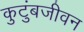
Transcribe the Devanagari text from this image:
कुटुंबजीवन